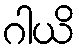
ဂါယိ